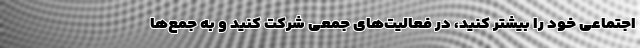
اجتماعی خود را بیشتر کنید، در فعالیت‌های جمعی شرکت کنید و به جمع‌ها